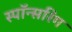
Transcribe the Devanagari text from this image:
स्पॉन्सरिंग